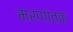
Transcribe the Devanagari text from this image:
मरणांतक